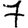
Digit: 7